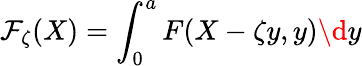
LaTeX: \mathcal{F}_{\zeta}(X)=\int_{0}^{a}{F(X-\zeta y,y)}\d y